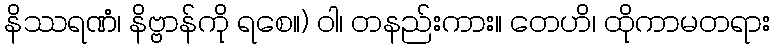
နိဿရဏံ၊ နိဗ္ဗာန်ကို ရစေ။) ဝါ၊ တနည်းကား။ တေဟိ၊ ထိုကာမတရား